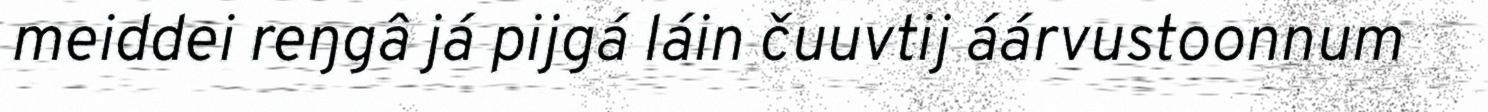
meiddei reŋgâ já pijgá láin čuuvtij áárvustoonnum